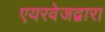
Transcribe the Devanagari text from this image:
एयरवेजद्वारा